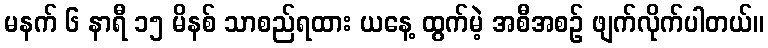
မနက် ၆ နာရီ ၁၅ မိနစ် သာစည်ရထား ယနေ့ ထွက်မဲ့ အစီအစဉ် ဖျက်လိုက်ပါတယ်။